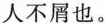
人不屑也。